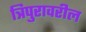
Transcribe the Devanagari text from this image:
त्रिपुरावरील